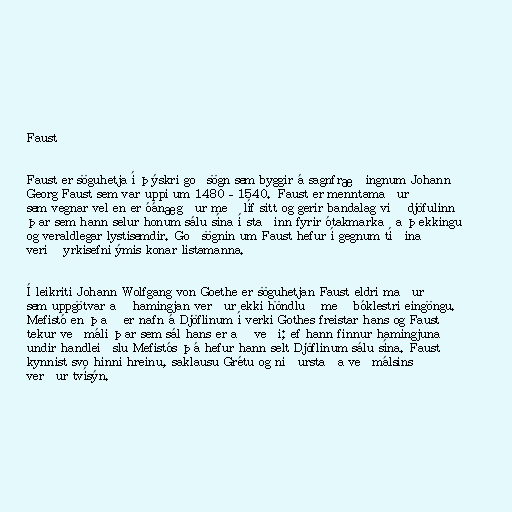
Faust

Faust er söguhetja í þýskri goðsögn sem byggir á sagnfræðingnum Johann
Georg Faust sem var uppi um 1480–1540. Faust er menntamaður
sem vegnar vel en er óánægður með líf sitt og gerir bandalag við djöfulinn
þar sem hann selur honum sálu sína í staðinn fyrir ótakmarkaða þekkingu
og veraldlegar lystisemdir. Goðsögnin um Faust hefur í gegnum tíðina
verið yrkisefni ýmis konar listamanna.

Í leikriti Johann Wolfgang von Goethe er söguhetjan Faust eldri maður
sem uppgötvar að hamingjan verður ekki höndluð með bóklestri eingöngu.
Mefistó en það er nafn á Djöflinum í verki Gothes freistar hans og Faust
tekur veðmáli þar sem sál hans er að veði; ef hann finnur hamingjuna
undir handleiðslu Mefistós þá hefur hann selt Djöflinum sálu sína. Faust
kynnist svo hinni hreinu, saklausu Grétu og niðurstaða veðmálsins
verður tvísýn.